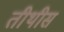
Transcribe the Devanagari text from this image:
तीथीस